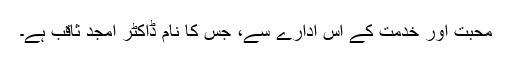
محبت اور خدمت کے اس ادارے سے، جس کا نام ڈاکٹر امجد ثاقب ہے۔